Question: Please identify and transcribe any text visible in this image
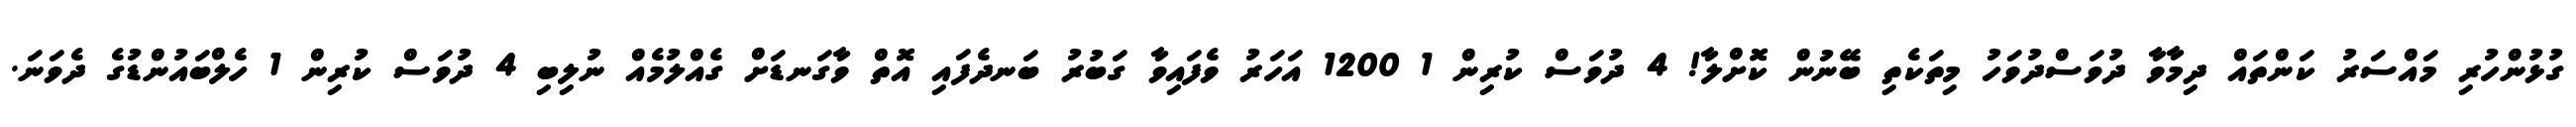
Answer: ގުޅުންހުރި މައްސަރު ކަންތައް ދިމާވާ ދުވަސްދުވަހު މިތަކެތި ބޭނުން ކޮށްލާ! 4 ދުވަސް ކުރިން 1 1200 އަހަރު ވެފައިވާ ގަބުރު ބަނދެފައި އޮތް ވާގަނޑަށް ގެއްލުމެއް ނުލިބި 4 ދުވަސް ކުރިން 1 ހެލްބައުންޑުގެ ދެވަނަ.